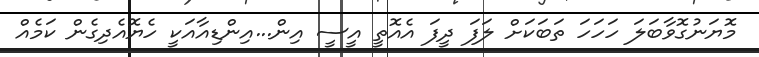
މޮޔަނުގޮވާބަލަ ހަހަހަ ތަބަކަށް ލަަފަ ދީފަ އެއޮތީ އީސީ އިން...އިންޑިއާއަކީ ހެޔޮއެދިގެން ކަމެއް